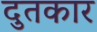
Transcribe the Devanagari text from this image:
दुतकार